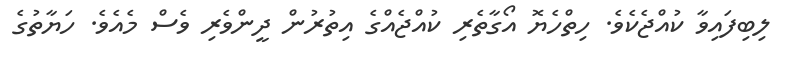
ލިބިފައިވާ ކުއްޖެކެވެ. ހިތްހެޔޮ އޯގާތެރި ކުއްޖެއްގެ އިތުރުން ދީންވެރި ވެސް މެއެވެ. ހަޔާތުގެ